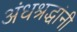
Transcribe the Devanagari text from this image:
अंधश्रद्धांनी